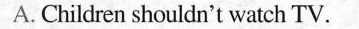
A. Children shouldn't watch TV.